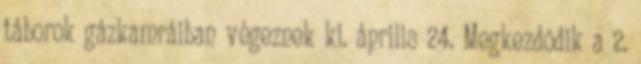
táborok gázkamráiban végeznek ki. április 24. Megkezdõdik a 2.